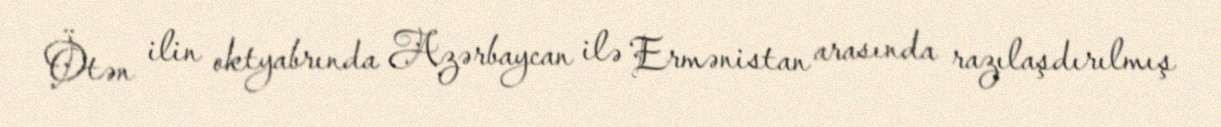
Ötən ilin oktyabrında Azərbaycan ilə Ermənistan arasında razılaşdırılmış